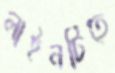
লাইনটিতে